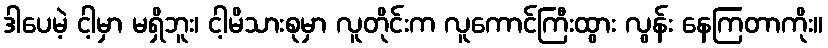
ဒါပေမဲ့ ငါ့မှာ မရှိဘူး၊ ငါ့မိသားစုမှာ လူတိုင်းက လူကောင်ကြီးထွား လွန်း နေကြတာကိုး။